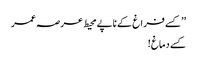
’’کسے فراغ کے ناپے محیط عرصہ عمر
کسے دماغ !